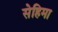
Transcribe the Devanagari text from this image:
सेहिमा